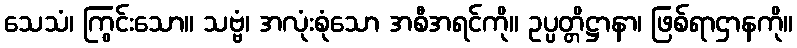
သေသံ၊ ကြွင်းသော။ သဗ္ဗံ၊ အလုံးစုံသော အစီအရင်ကို။ ဥပ္ပတ္တိဋ္ဌာနာ၊ ဖြစ်ရာဌာနကို။